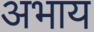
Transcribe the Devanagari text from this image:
अभाय